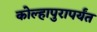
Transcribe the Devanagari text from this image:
कोल्हापुरापर्यंत